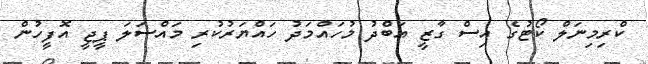
ކްރިމިނަލް ކޯޓުގެ އިސް ގާޒީ އަބްދު މުހައްމަދު ހައްޔަރުކުރި މައްސަލަ ޕީޖީ އޮފީހުން